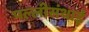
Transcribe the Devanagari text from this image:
पल्‍लीसंथाई